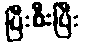
ပြီးစီးပြီး